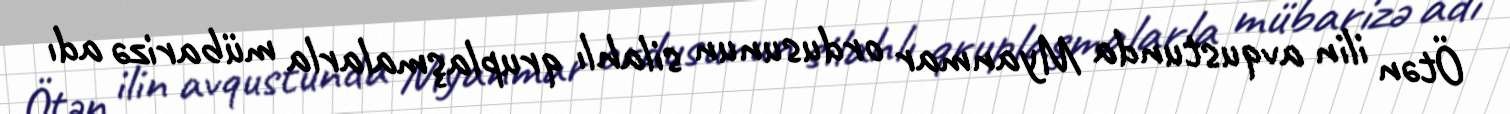
Ötən ilin avqustunda Myanmar ordusunun silahlı qruplaşmalarla mübarizə adı